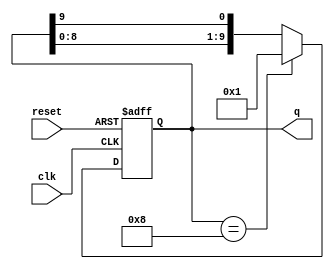
module decade_ring_counter (
    input wire clk,        // Clock signal
    input wire reset,      // Asynchronous reset
    output reg [9:0] q     // 10-bit output representing the counter state
);

    // Initial state
    initial begin
        q = 10'b0000000001; // Start with the first state (1)
    end

    // Always block triggered on clock edge or reset
    always @(posedge clk or posedge reset) begin
        if (reset) begin
            q <= 10'b0000000001; // Reset to initial state (1)
        end else begin
            // Shift the '1' through the ring
            q <= {q[8:0], q[9]}; // Shift left, wrapping the last bit to the first position
            // Ensure only one bit is high at any time
            if (q == 10'b0000001000) begin
                q <= 10'b0000000001; // Reset to the first state after reaching the last state
            end
        end
    end

endmodule